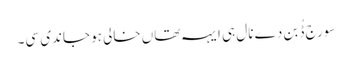
سورج ڈُبن دے نال ہی ایہہ تھاں خالی ہو جاندی سی۔